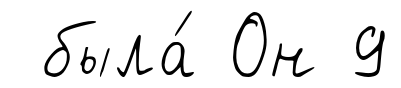
была́ Он 9